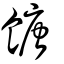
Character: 餹